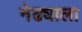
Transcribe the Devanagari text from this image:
नेढ्याला